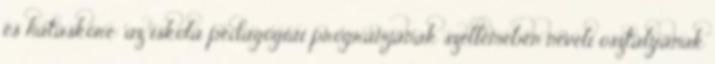
és hatásköre: az iskola pedagógiai programjának szellemében neveli osztályának